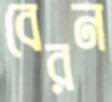
বেরন